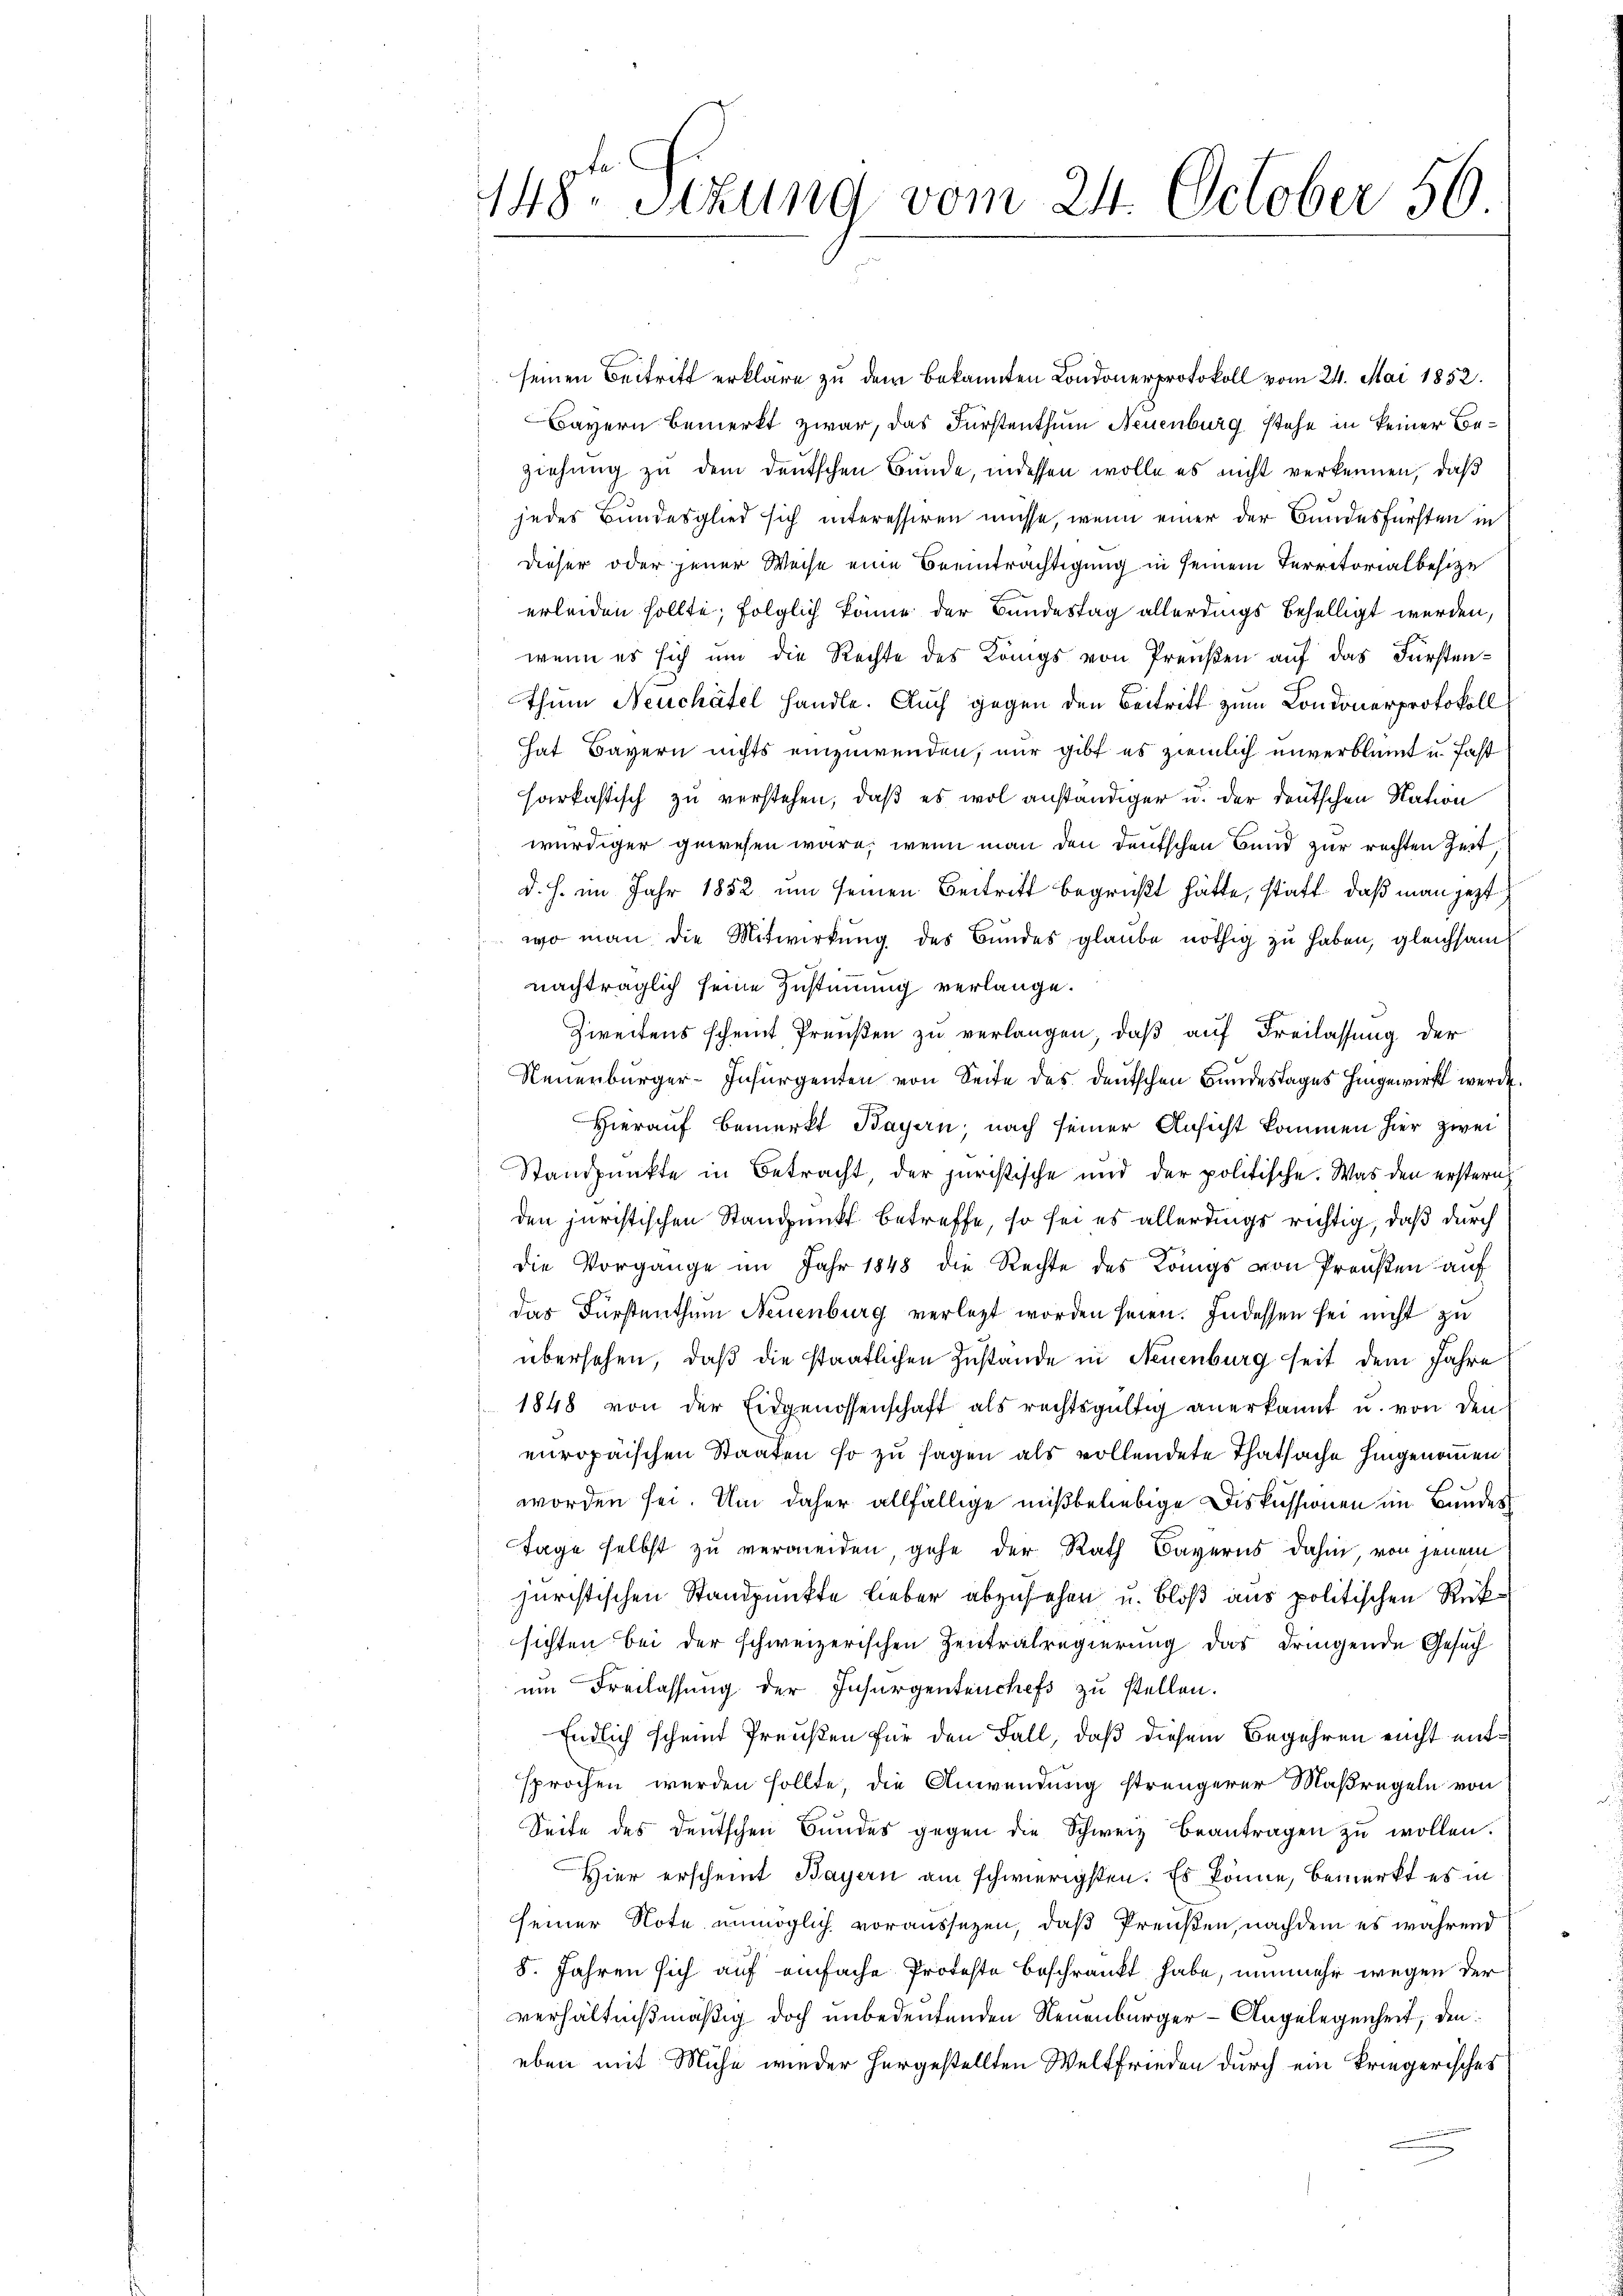
148. Stzung vom 24. October 56

seinen Beitritt erkläre zu dem bekannten Londonerprotokoll vom 24. Mai 1852.
Bayern bemerkt zwar, das Fürstenthum Neuenburg stehe in keiner Beziehung zu dem deutschen Bunde, indessen wolle es nicht verkennen, daß
jedes Bundesglied sich interessiren müsse, wenn einer der Bundesfürsten in
dieser oder jener Weise eine Beeinträchtigung in seinem Territorialbesitze
erleiden sollte, folglich könne der Bundestag allerdings behelligt werden,
wenn es sich um die Rechte des Königs von Preußen auf das Fürstenthum Neuchâtel handle. Auch gegen den Beitritt zum Condonerprotokoll
hat Bayern nichts einzuwenden, nur gibt es ziemlich unverbleit u. fast
harkastisch zu verstehen, daß es wol anständiger u. der deutschen Nation
würdiger gewesen wäre, wenn man den deutschen Bund zur rechten Zeit
d. h. im Jahr 1852 um seinen Beitritt begrüßt hätte, statt, daß man jezt
wo man die Mitwirkung des Bundes glaube nöthig zu haben, gleichsam
nachträglich seine Zustimmung verlange.
Zweitens scheint Preußen zu verlangen, daß auf Freilassung der
Neuenburger-Insurgenten von Seite des deutschen Bundestages hingewirkt werde.
Hierauf bemerkt Bayern; nach seiner Ansicht kommen hier zwei
Standpunkte in Betracht, der juristische und der politische. Was den erstern
den juristischen Standpunkt betreffe, so sei es allerungs richtig, daß durch
die Vorgange im Jahr 1848 die Rechte des Königs von Preußen auf
das Fürstenthum Neuenburg verletzt worden seien. Indessen sei nicht zu
übersehen, daß die staatlichen Zustande in Neuenburg seit dem Jahre
1848 von der Eidgenossenschaft als rechtsgültig anerkannt u. von den
europaischen Staaten so zu sagen als vollendete Thatsache hingenommen
worden sei. Um daher allfällige mißbeliebige Diskussionen im Bundes
Tage selbst zu vermeiden, gehe der Rath Bayerns dahin, von jenem
juristischen Standpunkte lieber abzusehen u. bloß aus politischen Rüksichten bei der schweizerischen Zentralregierung das dringende Gesuch
um Freilassung der Insurgentenchefs zu stellen.
Endlich scheint Preußen für den Fall, daß diesem Begehren nicht entsprochen werden sollte, die Anwendung strengerer Maßregeln von
Seite des deutschen Bŭndes gegen die Schweiz beantragen zŭ wollen.
Hier erscheint Bayern am schwierigsten. Es könne, bemerkt es in
seiner Note unmöglich voraussezen, daß Preußen, nachdem es während
8. Jahren sich auf einfache Proteste beschränkt habe, nunmehr wegen der
verhältnißmäßig doch unbedeutenden Neuenburger-Angelegenheit, den
eben mit Mühe wieder hergestellten Weltfrieden durch ein kriegerisches